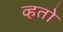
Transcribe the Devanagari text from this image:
व्हतो